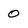
Character: 0